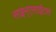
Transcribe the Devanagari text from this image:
साइन्एसाईटस